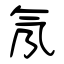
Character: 氖